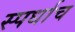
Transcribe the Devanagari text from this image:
स्पर्धाच